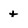
Character: t